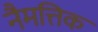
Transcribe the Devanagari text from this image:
नैमत्तिक